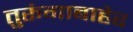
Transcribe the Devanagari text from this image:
तुरूंगाबाहेर